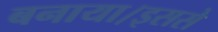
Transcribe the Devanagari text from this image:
बनाया।इससे